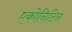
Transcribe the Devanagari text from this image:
एकोनिटिन